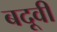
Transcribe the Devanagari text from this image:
बदूवी